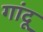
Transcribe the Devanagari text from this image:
गांदू